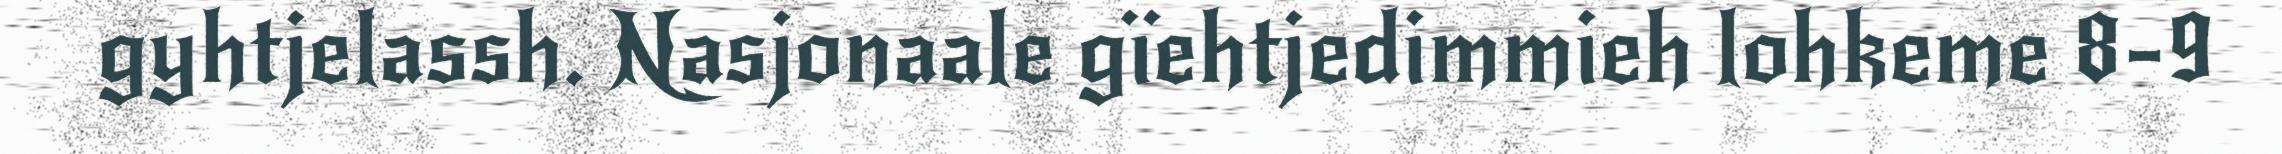
gyhtjelassh. Nasjonaale gïehtjedimmieh lohkeme 8-9